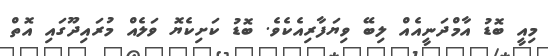
މިއީ ބޮޑު އާމްދަނީއެއް ލިބޭ ވިޔަފާރިއެކެވެ. ބޮޑު ކަށިކެޔޮ ވަލެއް މުރައިދޫގައި އޮތް